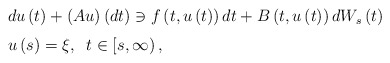
\begin{align*}\begin{tabular}[c]{l}$du\left( t\right) +\left( Au\right) \left( dt\right) \ni f\left(t,u\left( t\right) \right) dt+B\left( t,u\left( t\right) \right)dW_{s}\left( t\right) $\medskip\\$u\left( s\right) =\xi,\;\;t\in\left[ s,\infty\right) ,$\end{tabular}\ \ \end{align*}